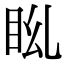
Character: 𥄩